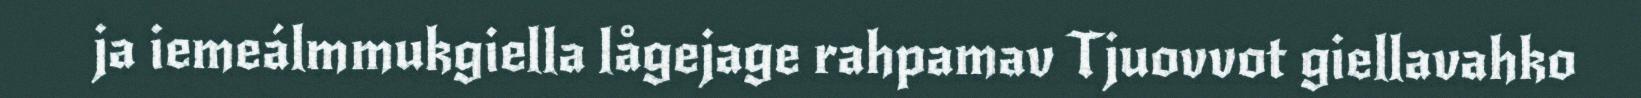
ja iemeálmmukgiella lågejage rahpamav Tjuovvot giellavahko